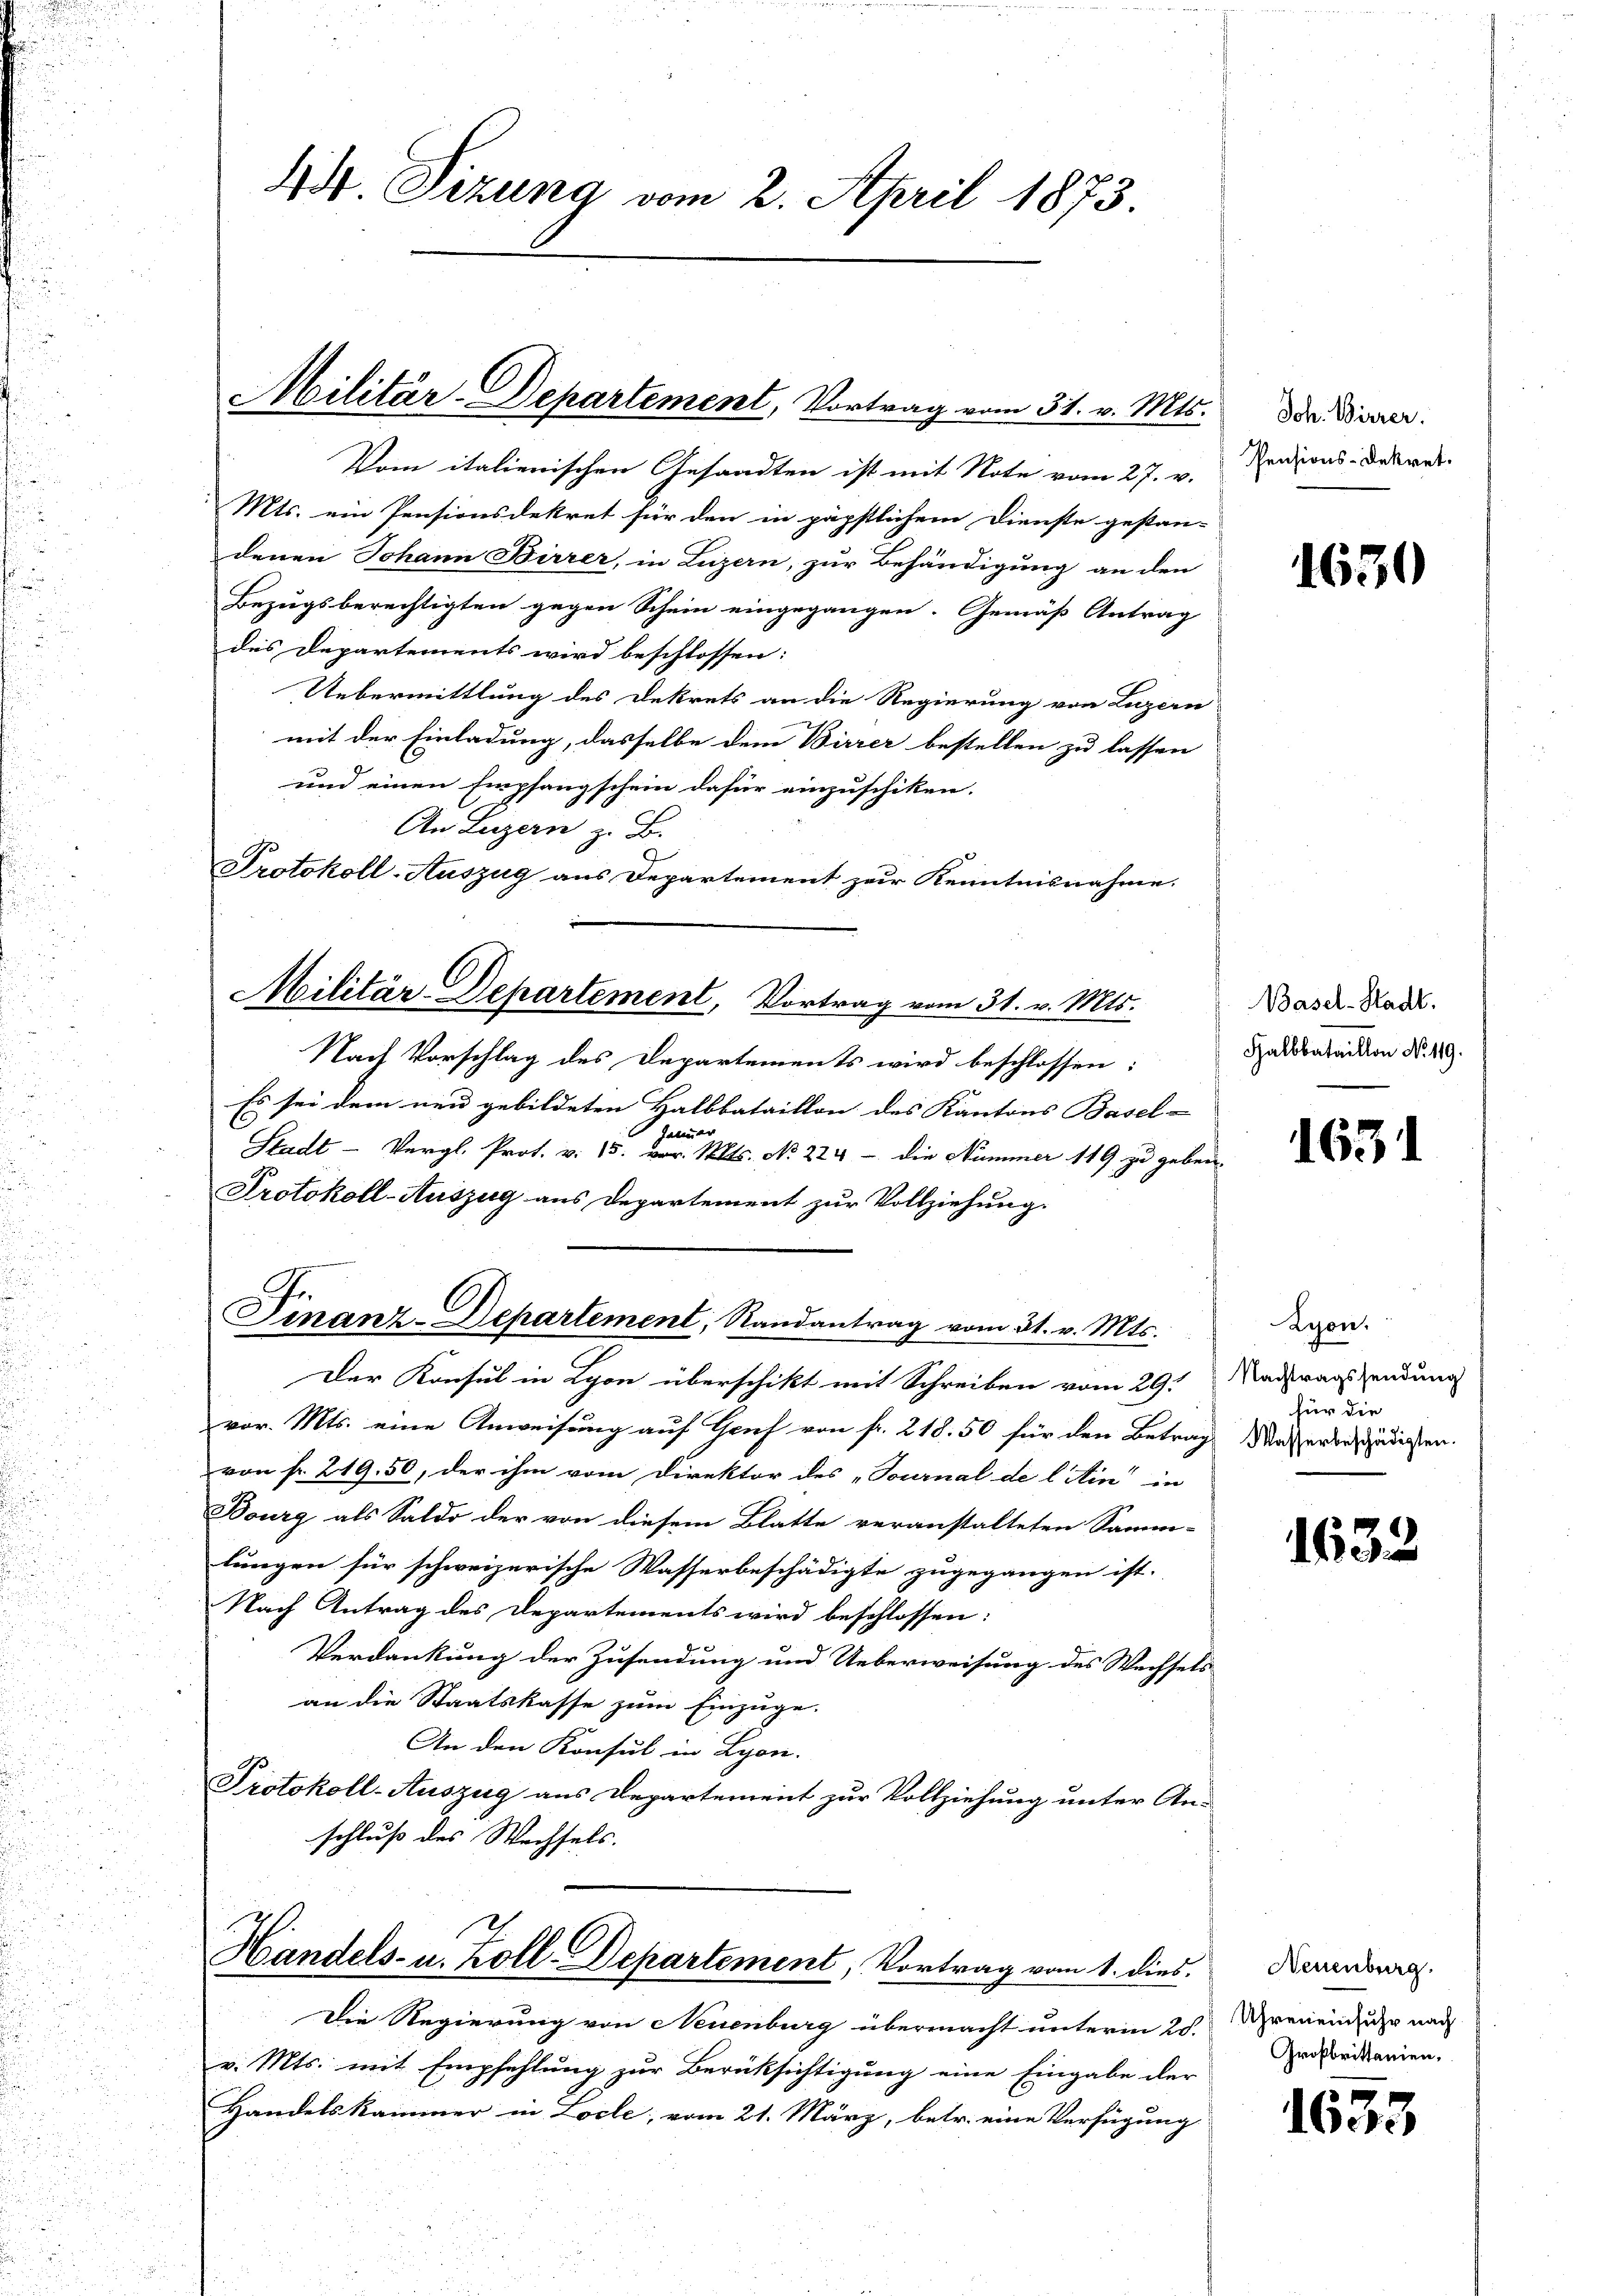
44. Sizung vom 2. April 1873

Militar-Departement, Vortrag vom 31. v. Mts. Der Diner.

Militär-Departement, Vortrag vom 31. v. Mts.

Vom italienischen Gesandten ist mit Note vom 27. v.
Mts. ein Pensionsdekret für den in päpstlichem Dienste gestan-
denen Johann Birrer, in Luzern, zur Behändigung an den
Bezugsberechtigten gegen Schein eingegangen. Gemäß Antrag
des Departements wird beschlossen:
Uebermittlung des Dekrets an die Regierung von Luzern
mit der Einladung, dasselbe dem Birrer bestellen zu lassen
und einen Empfangschein dafür einzuschiken.
An Luzern z. B.
u
Protokoll-Auszug aus Departement zur Kenntnisnahme.
Nach Vorschlag des Departements wird beschlossen:
Es sei dem neu gebildeten Halbbataillon des Kantons Basel-
heimer
Stadt-Vergl. Prot. v. 15. vor. Mts. No. 224 - die Nummer 119 zu geben,
Protokoll-Auszug aus Departement zur Vollziehung.
Finanz-Departement, Randantrag vom 31. v. Mts.
Der Konsul in Lyon überschikt mit Schreiben vom 29.
vor. Mts. eine Anweisung auf Genf von fr. 218. 50 für den Betrag Masserde, zudigen.
von fr. 219. 50, der ihm vom Direktor des „Tournal de l Ain in
Bourg als Saldo der von diesem Blatte veranstalteten Samm-
lungen für schweizerische Wasserbeschädigte zugegangen ist.
Nach Antrag des Departements wird beschlossen:
Verdankung der Zusendung und Ueberweisung des Wechsels
an die Staatskasse zum Einzüge.
An den Konsul in Lyon.
Protokoll-Auszug aus Departement zur Vollziehung unter An-
schluß des Wechsels.

Handels- u. Zoll-Departement, Vortrag vom 1. dies

Die Regierung von Neuenburg übermacht unterm 25.
v. Mts. mit Empfehlung zur Berücksichtigung eine Eingabe der
Handelskammer in Locle; vom 21. März, betr. eine Verfügung

Pensions-Dekret.

1630

Basel-Stadt.
Halbbataillon No. 119.

1631

Lyon,
Nachtragssendung
für die

1632.

Neuenburg.
Uhren einfuhr nach
Großbrittanien,

1633